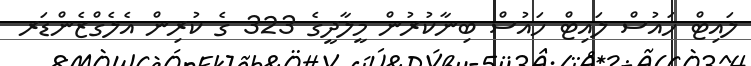
ލައިޓް ހައުސް ލައިޓް ހައުސް ބިނާކުރުން މީލާދީގެ 323 ގެ ކުރިން އެލެގްޒެންޑަރ